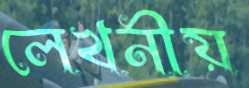
লেখনীয়